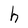
Character: h